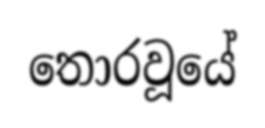
තොරවූයේ